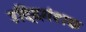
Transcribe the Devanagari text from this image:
उद्दिगंशक